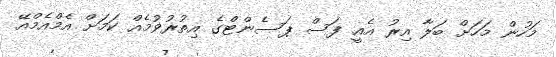
މަހުން މަހަށް ބަލާ އިރު އެއީ ފަސް ޕަސެންޓްގެ އިތުރުވުމެއް ކަމަށް އެމްއެމްއޭ